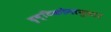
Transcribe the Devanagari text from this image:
दृष्टिकोनानुसार